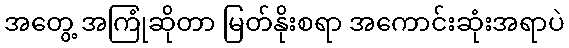
အတွေ့ အကြုံဆိုတာ မြတ်နိုးစရာ အကောင်းဆုံးအရာပဲ